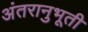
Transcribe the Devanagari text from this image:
अंतरानुभूती